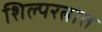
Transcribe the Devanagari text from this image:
शिल्परत्नात